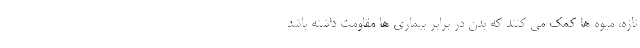
تازه، میوه ها کمک می کنند که بدن در برابر بیماری ها مقاومت داشته باشد